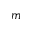
m